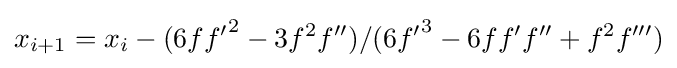
x_{i+1}=x_{i}-(6f{f^{\prime }}^{2}-3f^{2}f^{\prime \prime })/(6{f^{\prime }}^{3}-6ff^{\prime }f^{\prime \prime }+f^{2}f^{\prime \prime \prime })